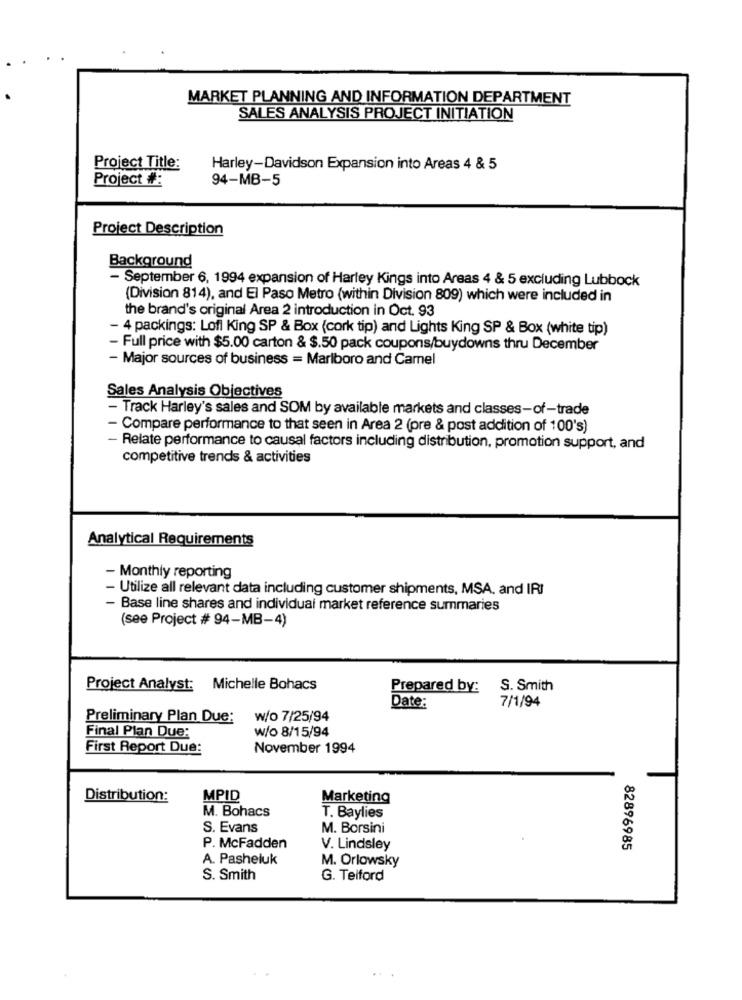
MARKET PLANNING AND INFORMATION DEPARTMENT
SALES ANALYSIS PROJECT INITIATION
Project Title:
Harley-Davidson Expansion into Areas 4 & 5
Project #:
94-MB-5
Project Description
Background
- September 6, 1994 expansion of Harley Kings into Areas 4 & 5 excluding Lubbock
(Division 814), and El Paso Metro (within Division 809) which were included in
the brand's original Area 2 introduction in Oct. 93
- 4 packings: Loff King SP & Box (cork tip) and Lights King SP & Box (white tip)
- Full price with $5.00 carton & $.50 pack coupons/buydowns thru December
- Major sources of business = Marlboro and Camel
Sales Analysis Objectives
- Track Harley's sales and SOM by available markets and classes-of-trade
- Compare performance to that seen in Area 2 (pre & post addition of 100's)
- Relate performance to causal factors including distribution, promotion support, and
competitive trends & activities
Analytical Requirements
- Monthly reporting
Utilize all relevant data including customer shipments, MSA, and IRI
- Base line shares and individual market reference summaries
(see Project # 94-MB-4)
Project Analyst: Michelle Bohacs
Prepared by:
S. Smith
7/1/94
Date:
Preliminary Plan Due:
w/o 7/25/94
Final Plan Due:
w/o 8/15/94
First Report Due:
November 1994
Distribution:
MPID
Marketing
M. Bohacs
T. Baylies
S. Evans
M. Borsini
P. McFadden
V. Lindsley
82896985
A. Pasheluk
M. Orlowsky
S. Smith
G. Telford